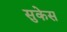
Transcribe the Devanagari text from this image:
सुकेस